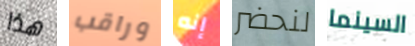
هذا وراقب إنه لنحضر السينما